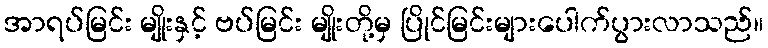
အာရပ်မြင်း မျိုးနှင့် ဗပ်မြင်း မျိုးတို့မှ ပြိုင်မြင်းများပေါက်ပွားလာသည်။